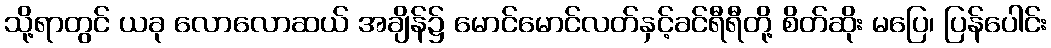
သို့ရာတွင် ယခု လောလောဆယ် အချိန်၌ မောင်မောင်လတ်နှင့်ခင်ရီရီတို့ စိတ်ဆိုး မပြေ၊ ပြန်ပေါင်း